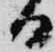
る